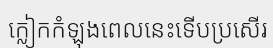
ក្លៀកកំឡុងពេលនេះទើបប្រសើរ